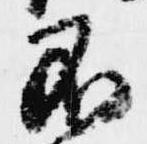
不